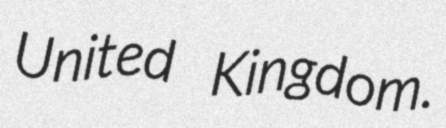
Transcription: United Kingdom.